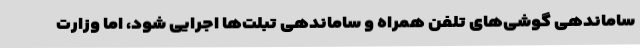
ساماندهی گوشی‌های تلفن همراه و ساماندهی تبلت‌ها اجرایی شود، اما وزارت